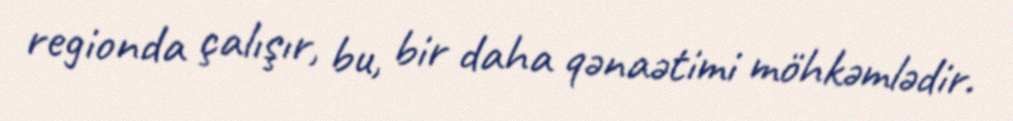
regionda çalışır, bu, bir daha qənaətimi möhkəmlədir.